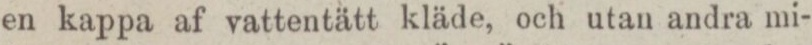
en kappa af vattentätt kläde, och utan andra mi-